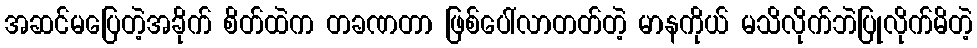
အဆင်မပြေတဲ့အခိုက် စိတ်ထဲက တခဏတာ ဖြစ်ပေါ်လာတတ်တဲ့ မာနကိုယ် မသိလိုက်ဘဲပြုလိုက်မိတဲ့